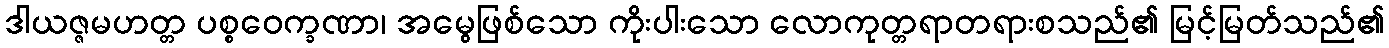
ဒါယဇ္ဇမဟတ္တ ပစ္စဝေက္ခဏာ၊ အမွေဖြစ်သော ကိုးပါးသော လောကုတ္တရာတရားစသည်၏ မြင့်မြတ်သည်၏